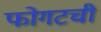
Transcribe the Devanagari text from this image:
फोगटची